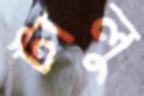
টালু